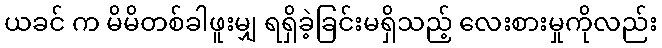
ယခင် က မိမိတစ်ခါဖူးမျှ ရရှိခဲ့ခြင်းမရှိသည့် လေးစားမှုကိုလည်း